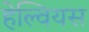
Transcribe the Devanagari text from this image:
हेल्वियस